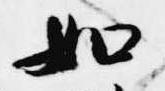
如